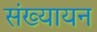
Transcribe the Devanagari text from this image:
संख्यायन